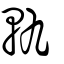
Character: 軌